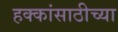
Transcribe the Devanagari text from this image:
हक्कांसाठीच्या